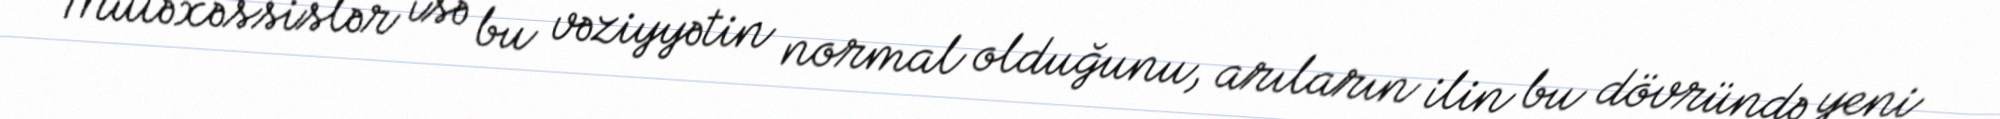
Mütəxəssislər isə bu vəziyyətin normal olduğunu, arıların ilin bu dövründə yeni